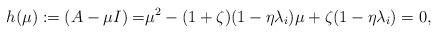
LaTeX: \begin{align*} h(\mu) := (A-\mu I) =& \mu^2 - (1+\zeta)(1-\eta\lambda_i) \mu + \zeta (1-\eta\lambda_i) =0,\end{align*}